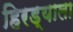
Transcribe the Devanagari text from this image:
हिरड्याला